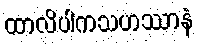
ထာလိပါကသဟဿာနံ